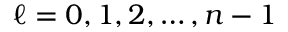
\ell = 0 , 1 , 2 , \dots , n - 1